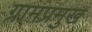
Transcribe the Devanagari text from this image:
ग्रामप्रमुख